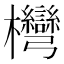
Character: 𣡩